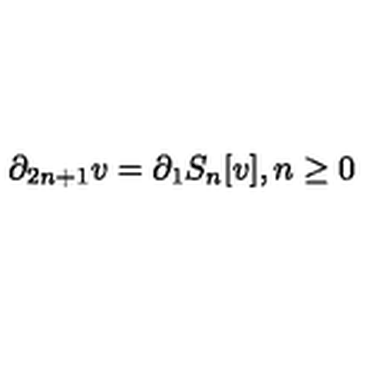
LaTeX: \partial _ { 2 n + 1 } v = \partial _ { 1 } S _ { n } [ v ] , n \geq 0